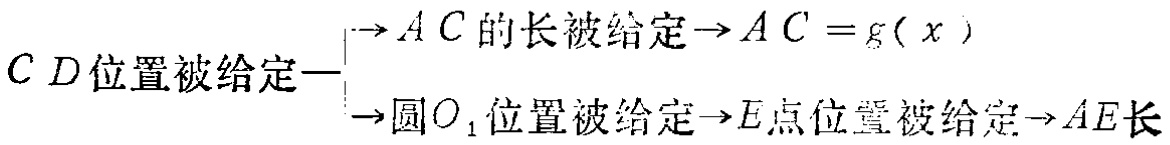
\[
CD位置被给定
\begin{cases}
\rightarrow AC的长被给定\rightarrow AC = g(x) \\
\rightarrow 圆O_1位置被给定\rightarrow E点位置被给定\rightarrow AE长
\end{cases}
\]